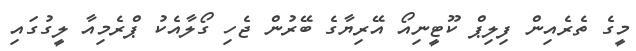
މީގެ ތެރެއިން ފިލިޕް ކޫޓީނިއޯ އޭރިޔާގެ ބޭރުން ޖެހި ގޯލާއެކު ޕްރެމިއާ ލީގުގައި